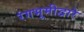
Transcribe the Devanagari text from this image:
रंगभूमीद्वारे